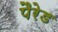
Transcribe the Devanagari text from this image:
पैरेड